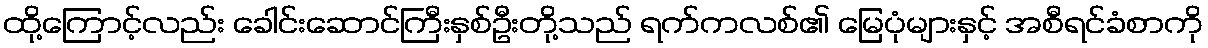
ထို့ကြောင့်လည်း ခေါင်းဆောင်ကြီးနှစ်ဦးတို့သည် ရက်ကလစ်၏ မြေပုံများနှင့် အစီရင်ခံစာကို